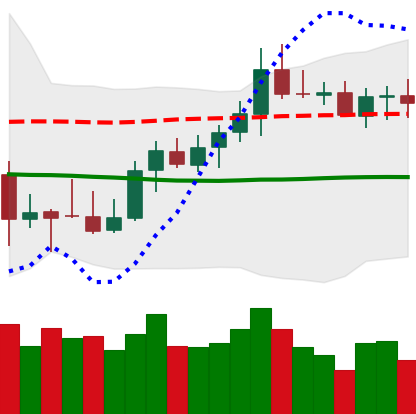
Ticker: XMR-USD
Chart end date: 2021-10-13
Forward return: -6.699%
Label: down_5_7